Plague in India, 1896, 1897 - Volume 1
Year: 1896
Disease focus: Plague
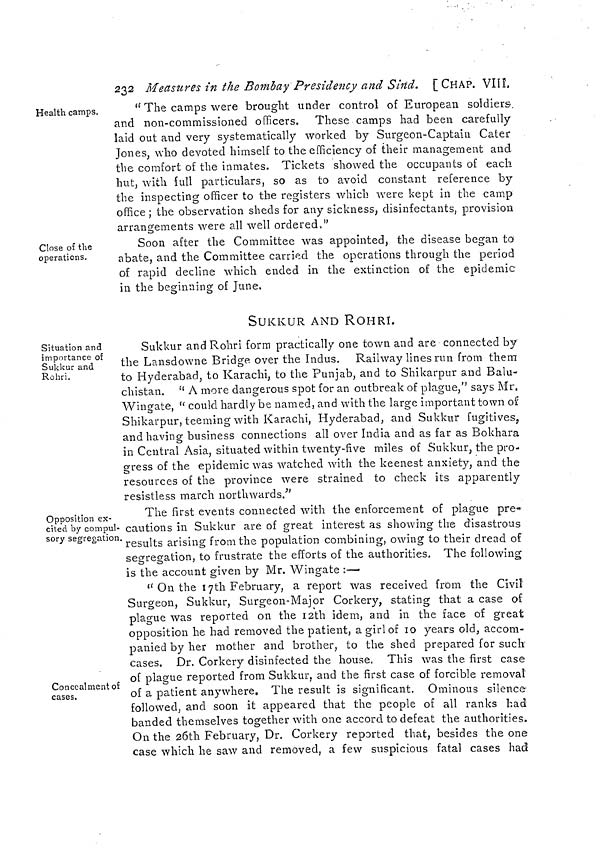
232 Measures in the Bombay Presidency and Sind. [CHAP. viii.
Health camps.
" The camps were brought under control of European soldiers-,
and non-commissioned officers. These camps had been carefully
laid out and very systematically worked by Surgeon-Captain Cater
Jones, who devoted himself to the efficiency of their management and
the comfort of the inmates. Tickets showed the occupants of each
hut, with full particulars, so as to avoid constant reference by
the inspecting officer to the registers which were kept in the camp
office ; the observation sheds for any sickness, disinfectants, provision
arrangements were all well ordered."
Close of the
operations.
Soon after the Committee was appointed, the disease began to
abate, and the Committee carried the operations through the period
of rapid decline which ended in the extinction of the epidemic
in the beginning of June.
SUKKUR AND ROHRI.
Situation and
importance of
Sukkur and
Rohri.
Sukkur and Rohri form practically one town and are connected by
the Lansdowne Bridge over the Indus. Railway lines run from them
to Hyderabad, to Karachi, to the Punjab, and to Shikarpur and Balu-
chistan. " A more dangerous spot for an outbreak of plague," says Mr.
Wingate, " could hardly be named, and with the large important town of
Shikarpur, teeming with Karachi, Hyderabad, and Sukkur fugitives,
and having business connections all over India and as far as Bokhara
in Central Asia, situated within twenty-five miles of Sukkur, the pro-
gress of the epidemic was watched with the keenest anxiety, and the
resources of the province were strained to check its apparently
resistless march northwards."
Opposition ex-
cited by compul-
sory segregation.
The first events connected with the enforcement of plague pre-
cautions in Sukkur are of great interest as showing the disastrous
results arising from the population combining, owing to their dread of
segregation, to frustrate the efforts of the authorities. The following
is the account given by Mr. Wingate :—
Concealment of
cases.
" On the 17th February, a report was received from the Civil
Surgeon, Sukkur, Surgeon-Major Corkery, stating that a case of
plague was reported on the 12th idem, and in the face of great
opposition he had removed the patient, a girl of 10 years old, accom-
panied by her mother and brother, to the shed prepared for such
cases. Dr. Corkery disinfected the house. This was the first case
of plague reported from Sukkur, and the first case of forcible removal
of a patient anywhere. The result is significant. Ominous silence
followed, and soon it appeared that the people of all ranks had
banded themselves together with one accord to defeat the authorities.
On the 26th February, Dr. Corkery reported that, besides the one
case which he saw and removed, a few suspicious fatal cases had